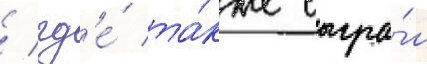
/ гд'е́ та́кже сыгра́л